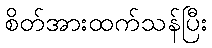
စိတ်အားထက်သန်ပြီး